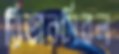
রিভারসিবল